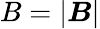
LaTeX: B=|\boldsymbol{B}|